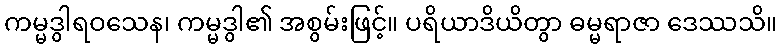
ကမ္မဒွါရဝသေန၊ ကမ္မဒွါ၏ အစွမ်းဖြင့်။ ပရိယာဒိယိတွာ ဓမ္မရာဇာ ဒေဿသိ။